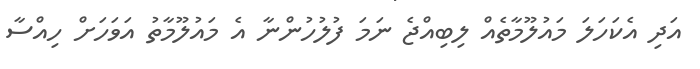
އަދި އެކަހަލަ މައުލޫމާތެއް ލިބިއްޖެ ނަމަ ފުލުހުންނާ އެ މައުލޫމާތު އަވަހަށް ހިއްސާ